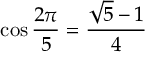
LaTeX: \cos { \frac { 2 \pi } { 5 } } = { \frac { { \sqrt { 5 } } - 1 } { 4 } }